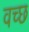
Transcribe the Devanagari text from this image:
वच्छ